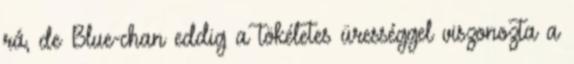
rá, de Blue-chan eddig a tökéletes ürességgel viszonozta a